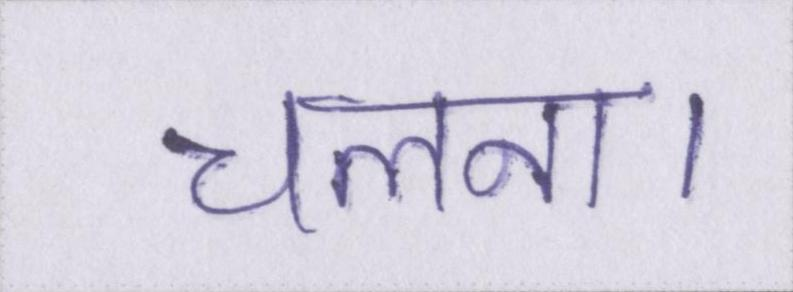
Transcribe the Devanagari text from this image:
चलना।